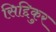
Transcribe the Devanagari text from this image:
सिद्दिकुर